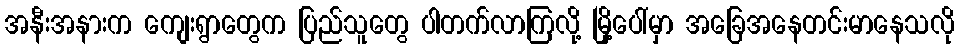
အနီးအနားက ကျေးရွာတွေက ပြည်သူတွေ ပါတက်လာကြလို့ မြို့ပေါ်မှာ အခြေအနေတင်းမာနေသလို